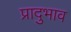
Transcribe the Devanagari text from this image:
प्रादुभाव